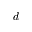
d